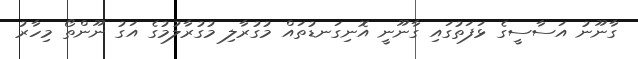
ގާނޫނު އަސާސީގެ ޅަފަތުގައި ގާނޫނީ އޮނިގަނޑުތައް މުގުރާލި މުގުރާލުމުގެ އަގު ނޫންތޯ މިހާރު